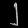
Digit: ၂